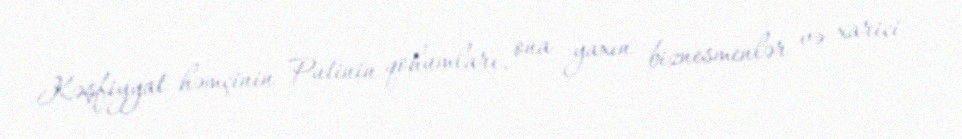
Kəşfiyyat həmçinin Putinin qohumları, ona yaxın biznesmenlər və xarici